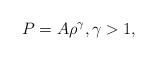
LaTeX: \begin{align*}P=A \rho^\gamma, \gamma > 1,\end{align*}